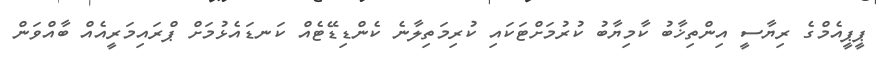
ޕީޕީއެމްގެ ރިޔާސީ އިންތިޚާބު ކާމިޔާބު ކުރުމަށްޓަކައި ކުރިމަތިލާނެ ކެންޑިޑޭޓެއް ކަނޑައެޅުމަށް ޕްރައިމަރީއެއް ބާއްވަން